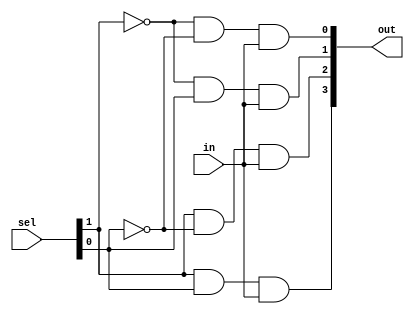
module module02(
    output [3:0] out,
    input [1:0] sel,
    input in
);

    assign out = { sel[1] &  sel[0] & in,
                  sel[1] & ~sel[0] & in,
                  ~sel[1] &  sel[0] & in,
                  ~sel[1] & ~sel[0] & in};

endmodule